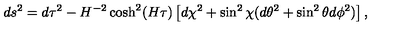
d s ^ { 2 } = d \tau ^ { 2 } - H ^ { - 2 } \cosh ^ { 2 } ( H \tau ) \left[ d \chi ^ { 2 } + \sin ^ { 2 } \chi ( d \theta ^ { 2 } + \sin ^ { 2 } \theta d \phi ^ { 2 } ) \right] ,